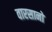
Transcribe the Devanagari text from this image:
वारसानो